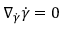
\nabla _ { \dot { \gamma } } { \dot { \gamma } } = 0